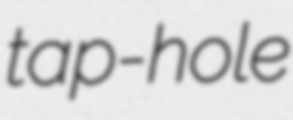
tap-hole